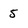
Character: 5